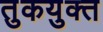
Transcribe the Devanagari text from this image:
तुकयुक्त